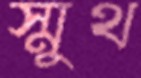
স্মুথ